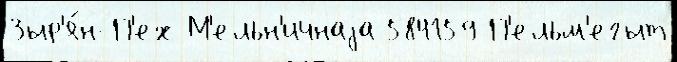
Зыр'я́н-П'ех М'ельн'ичнаjа 584159 П'ельм'егыт